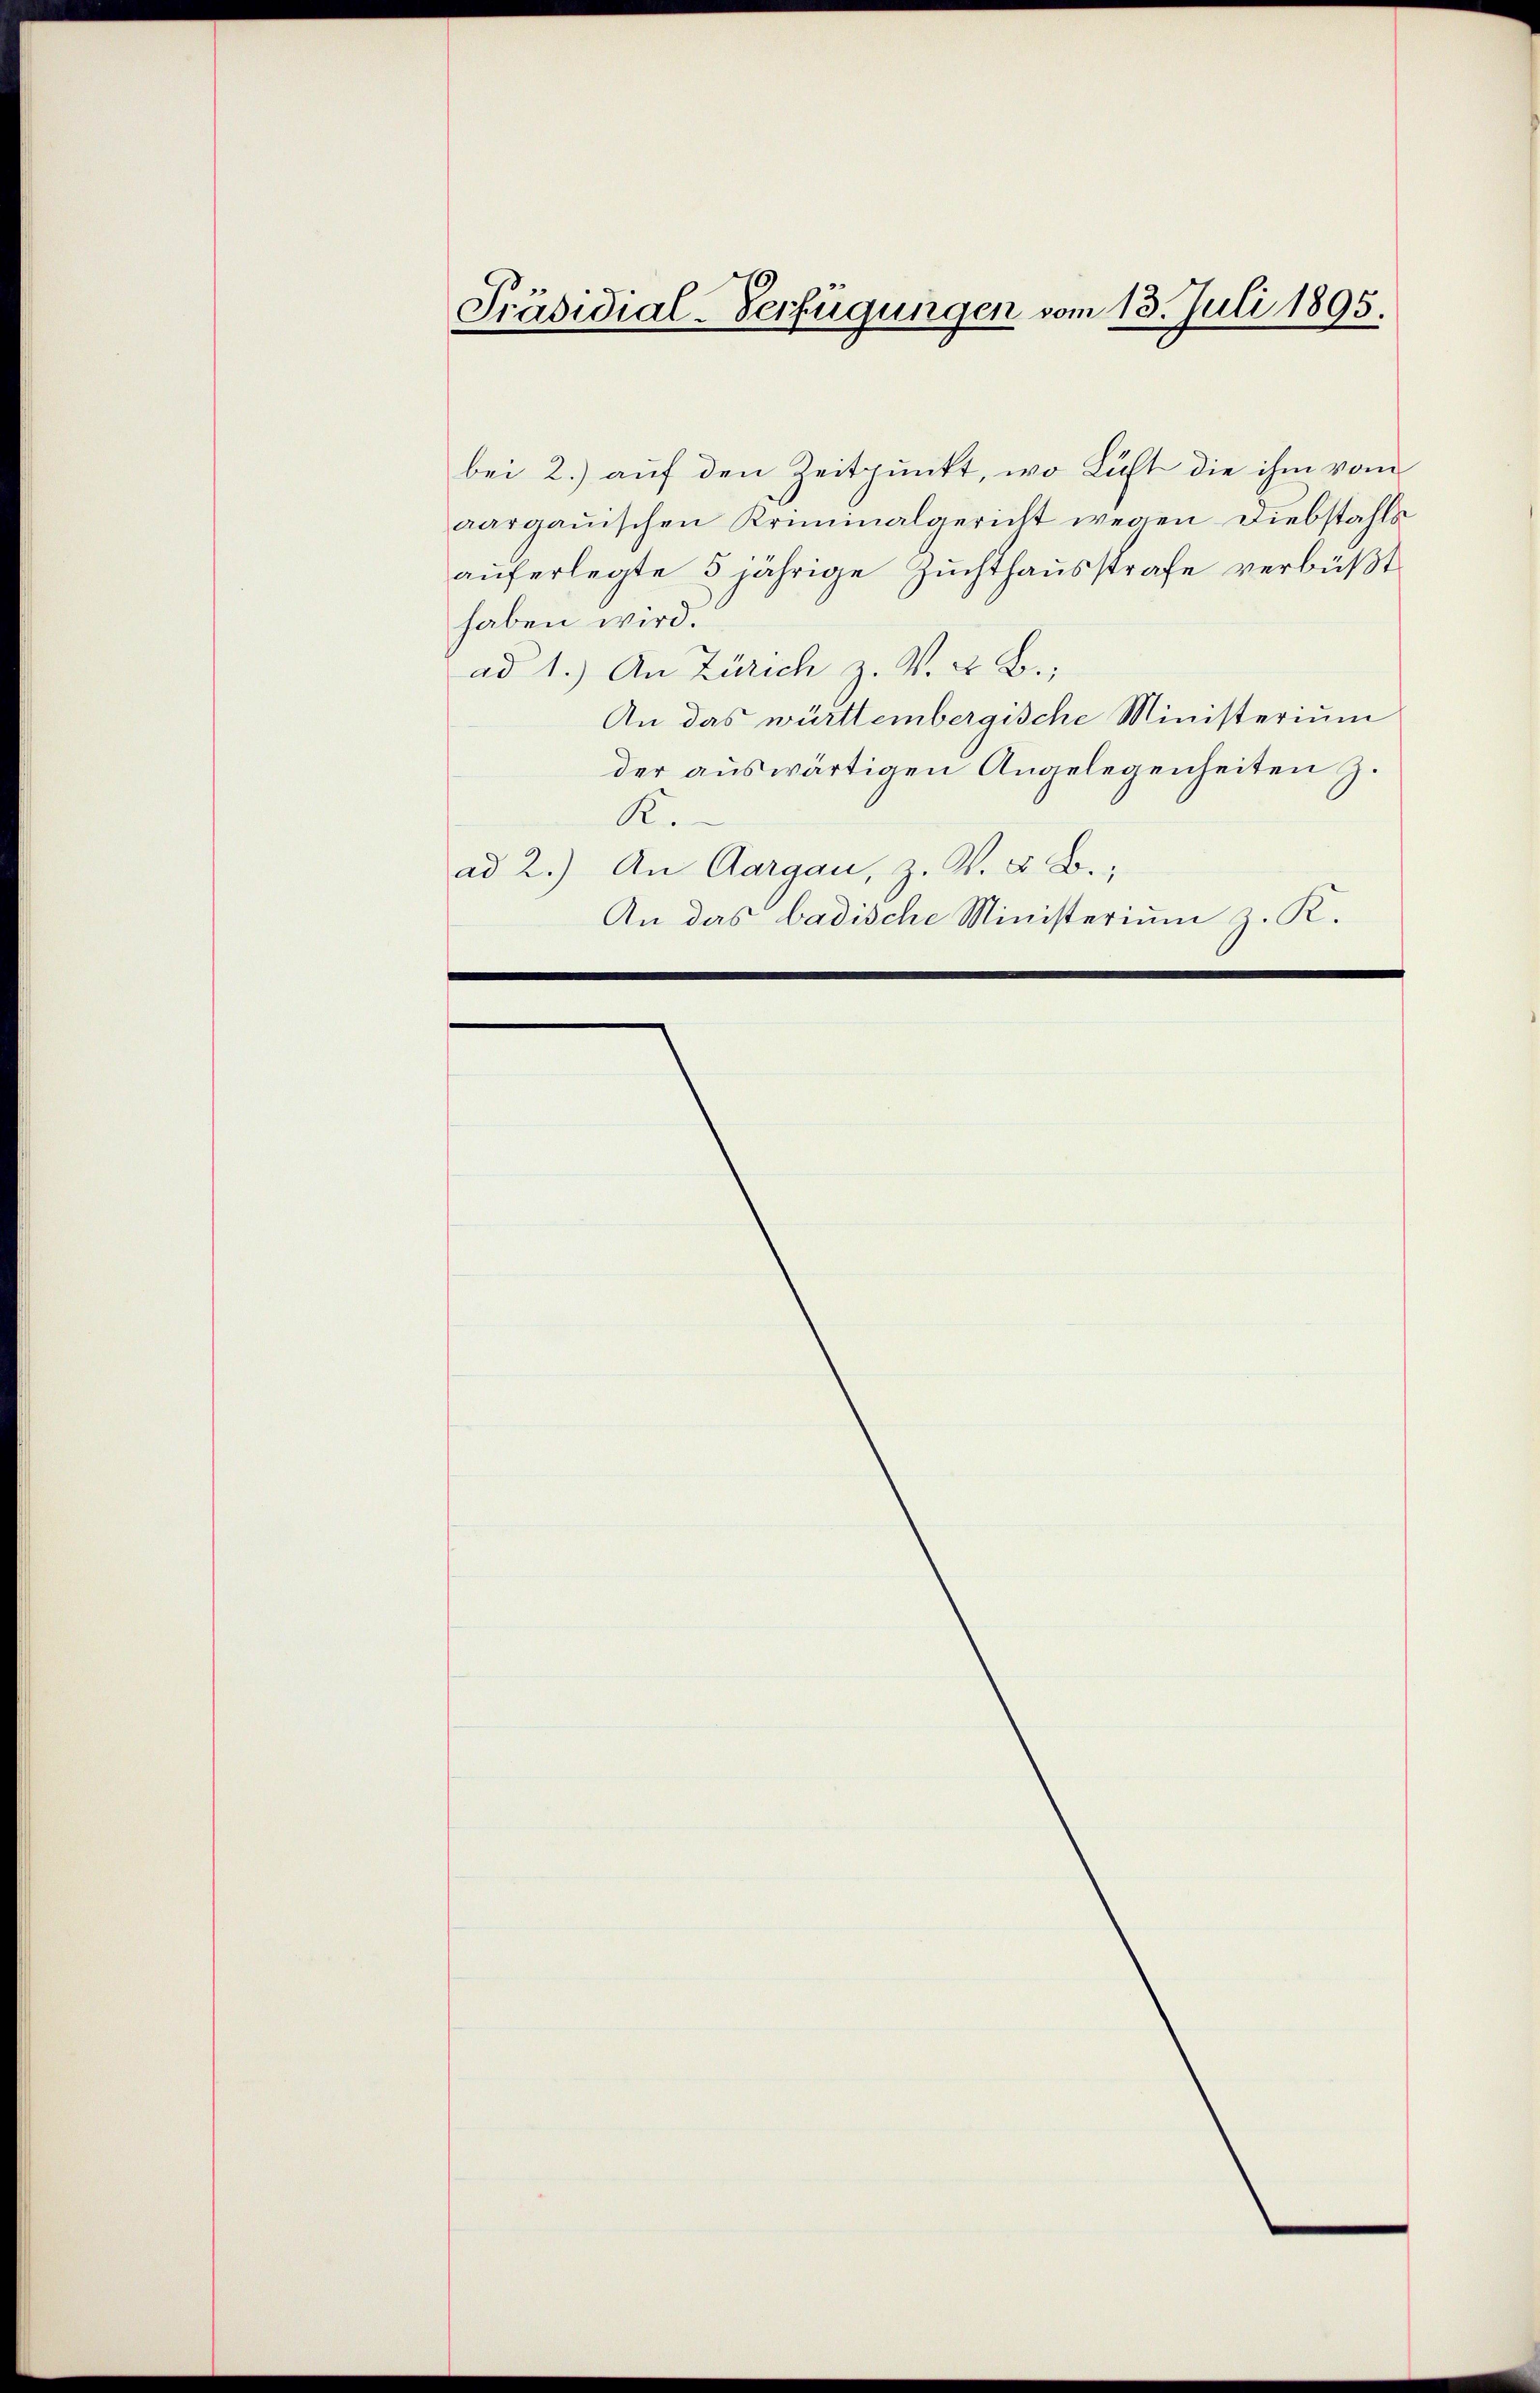
Präsidial-Verfügungen vom 13. Juli 1895.

bei 2.) auf den Zeitpunkt, wo Luft die ihm vom
aargauischen Kriminalgericht wegen Diebstahls
auferlegte 5 jährige Zuchthausstrafe verbüßt
haben wird.
ad 1.) An Zürich z. V. 4. B.,
An das württembergische Ministerium
der auswärtigen Angelegenheiten z.
K.
ad 2.) An Aargau, z. Z. Z. B.,
An das badische Ministerium z. K.